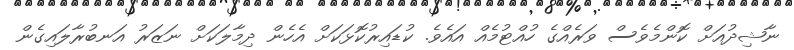
ނާޝިދުއަށް ކޮންމެވެސް ވަރެއްގެ ހުއްޓުމެއް އައެވެ. ކުޑައިރުކޮޅަކަށް އެހެން ދިމާލަކަށް ނަޒަރު އަނބުރާލައިގެން